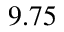
9 . 7 5